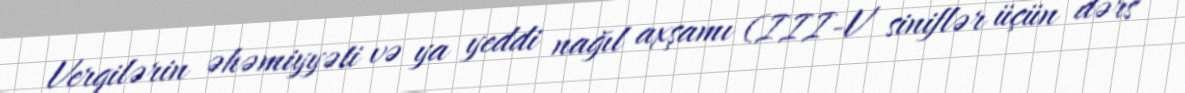
Vergilərin əhəmiyyəti və ya yeddi nağıl axşamı (III-V siniflər üçün dərs